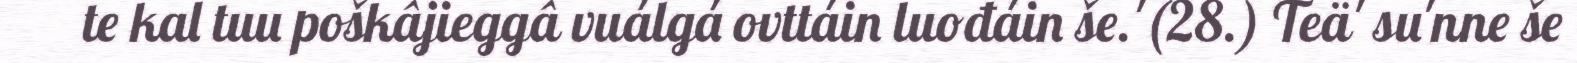
te kal tuu poškâjieggâ vuálgá ovttáin luođáin še.'(28.) Teä' su'nne še